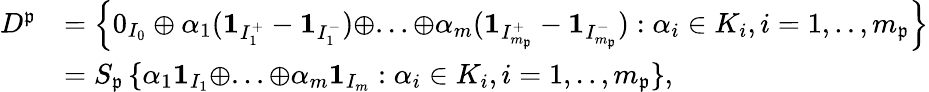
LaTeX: \begin{array}{rl}{D^{\mathfrak{p}}}&{=\left\{ 0_{I_{0}}\oplus\alpha_{1}(\mathbf{1}_{I_{1}^{+}}-\mathbf{1}_{I_{1}^{-}})\oplus...\oplus\alpha_{m}(\mathbf{1}_{I_{m_{\mathfrak{p}}}^{+}}-\mathbf{1}_{I_{m_{\mathfrak{p}}}^{-}}):\alpha_{i}\in K_{i},i=1,..,m_{\mathfrak{p}}\right\} }\\ &{=S_{\mathfrak{p}}\left\{ \alpha_{1}\mathbf{1}_{I_{1}}\oplus...\oplus\alpha_{m}\mathbf{1}_{I_{m}}:\alpha_{i}\in K_{i},i=1,..,m_{\mathfrak{p}}\right\} ,}\end{array}